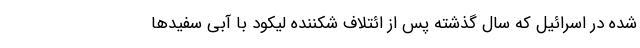
شده در اسرائیل که سال گذشته پس از ائتلاف شکننده لیکود با آبی سفید‌ها